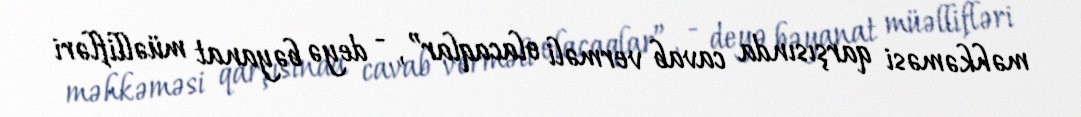
məhkəməsi qarşısında cavab verməli olacaqlar”, - deyə bəyanat müəllifləri